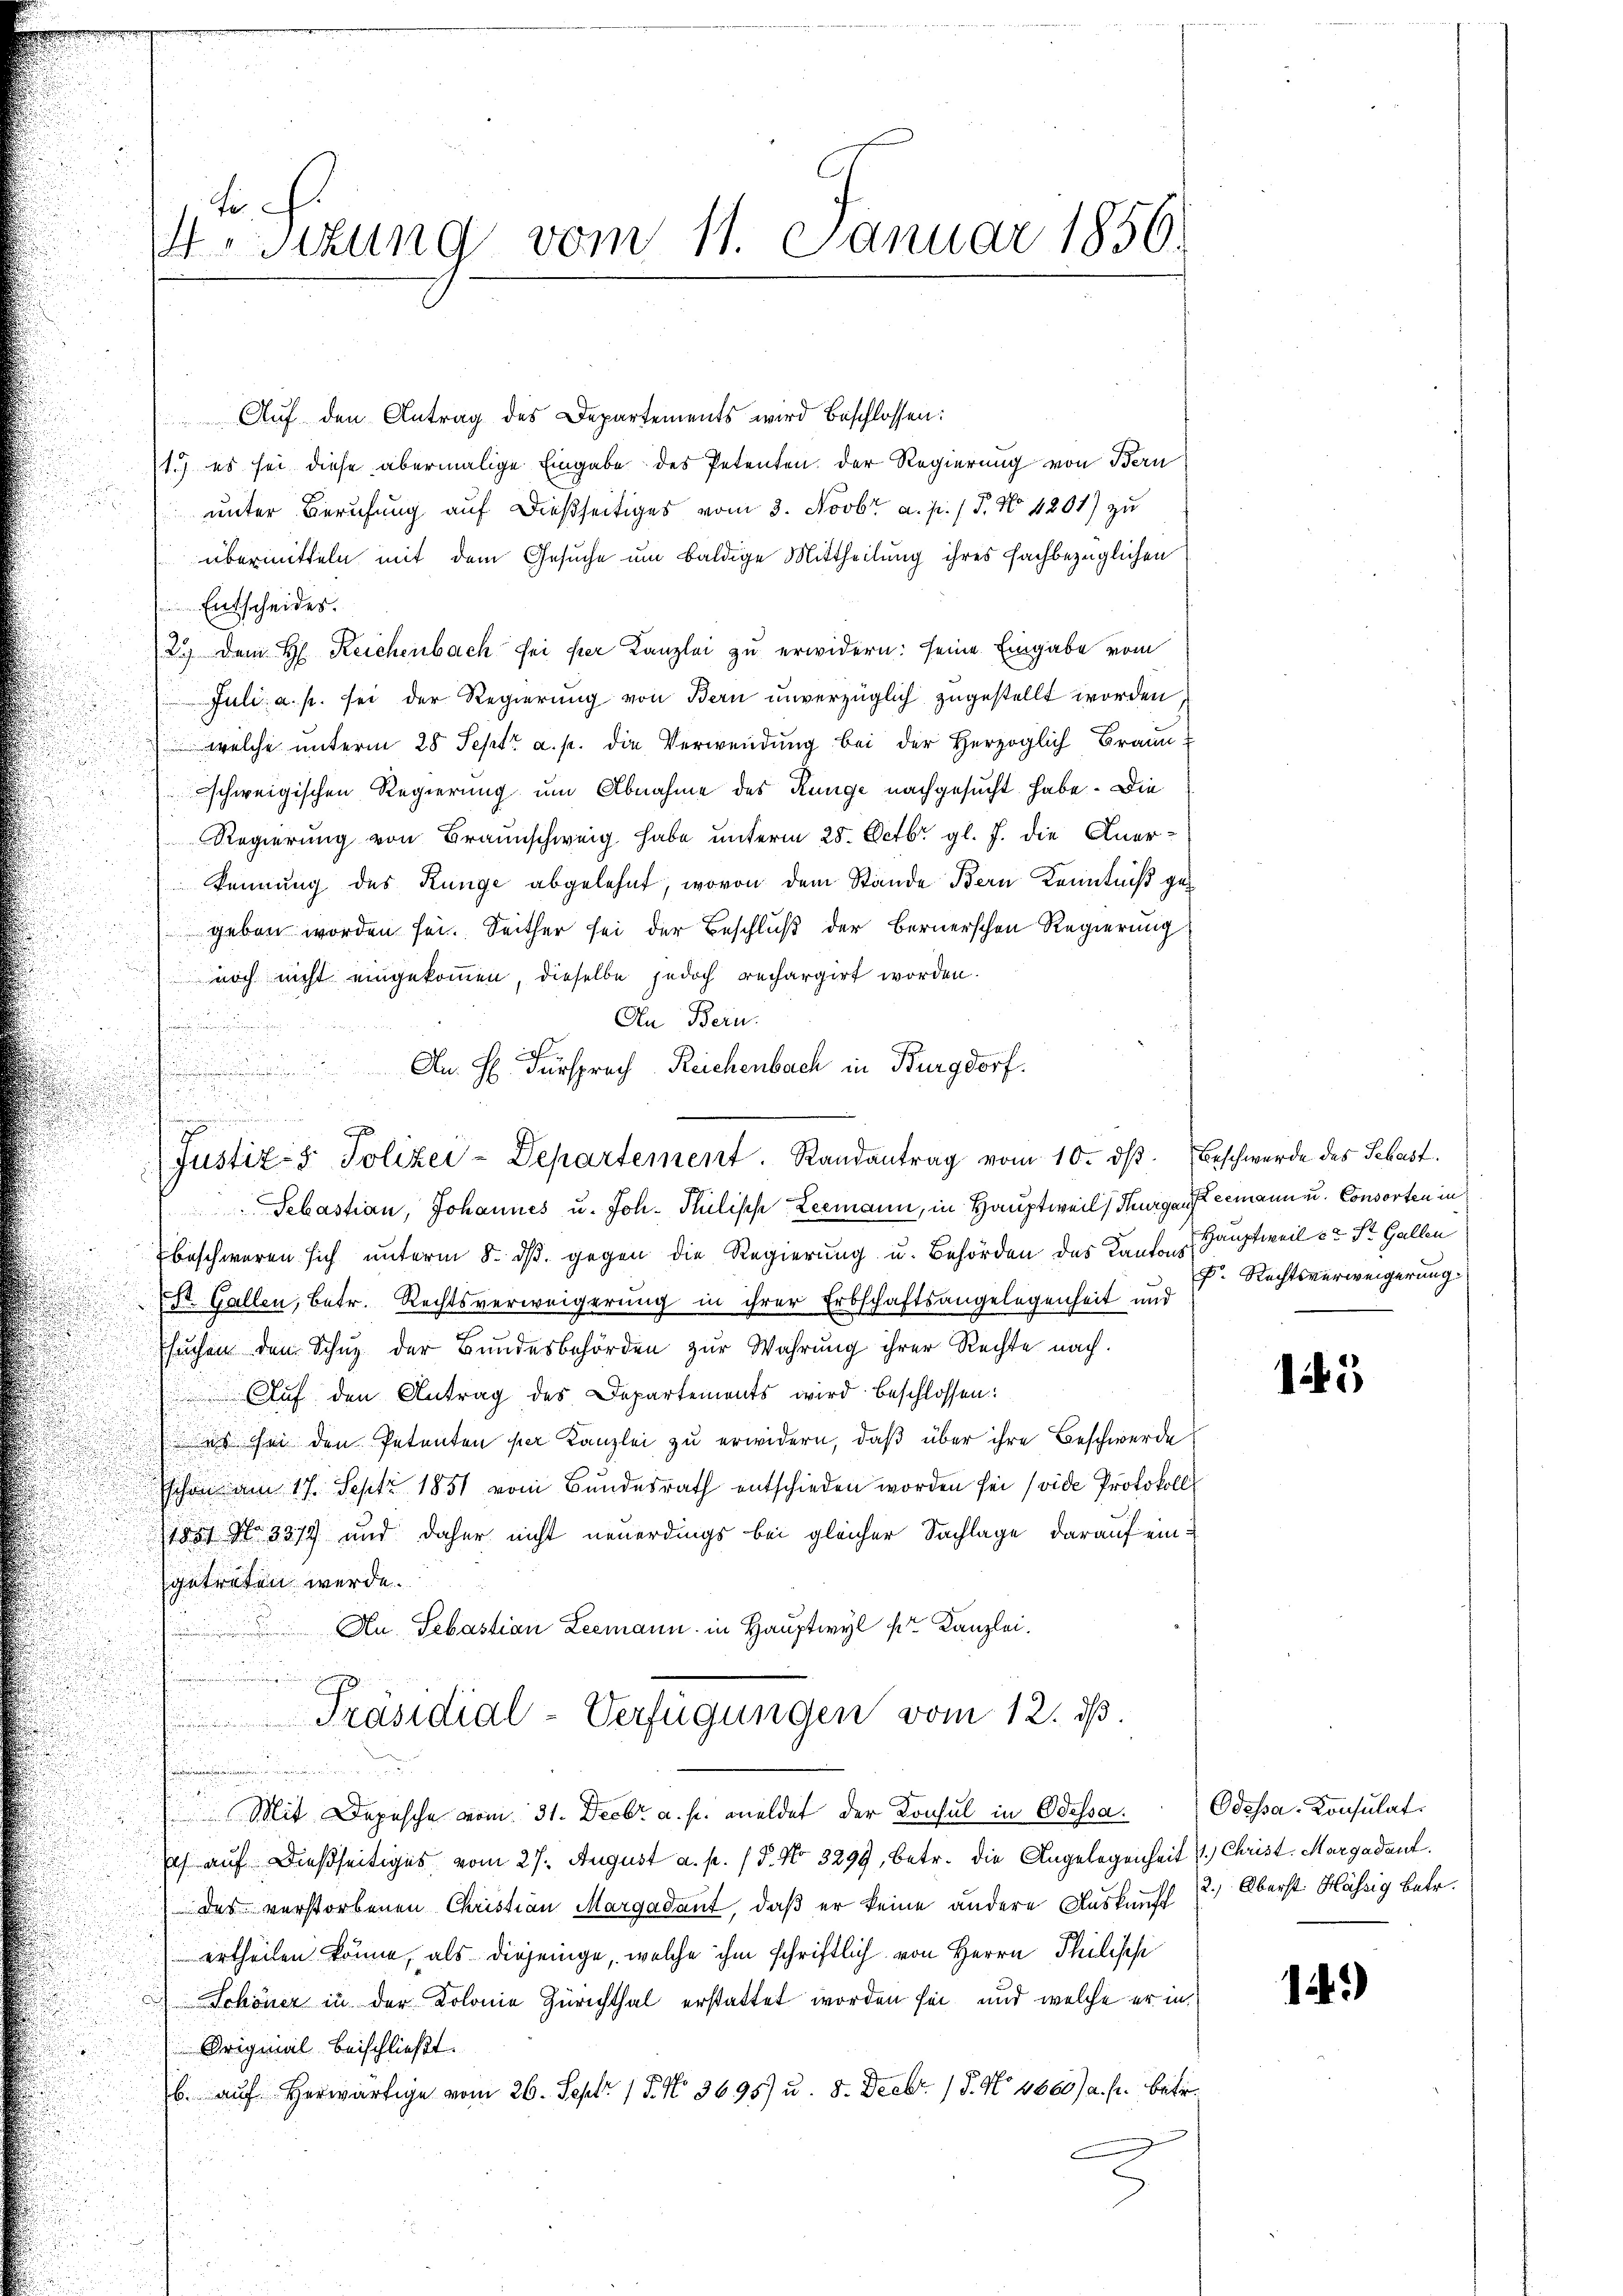
Fe
sizung vom 11. Januar 1850.

Auf den Antrag des Departements wird beschlossen:
1.) es sei diese abermalige Eingabe des Petenten der Regierung von Bern
unter Berufung auf dießseitiges vom 3. Novbr a. p. / 5. No 4201) zu
übermitteln mit dem Gesuche um baldige Mittheilung ihres fachbezüglichen
 Entscheides.
2.) Dem H. Reichenbach sei per Kanzlei zu erwidern: seine Eingabe vom
Juli a. p. sei der Regierung von Bern unverzüglich zugestellt worden
welche unterm 28 Sept. a. p. die Verwendung bei der Herzoglich Braun-
schweigischen Regierung um Abnahme des Range nachgesucht habe. Die
Regierung von Braunschweig habe unterm 28. Octbr. gl. J. die Anerkennung des Range abgelehnt, wovon dem Stände Bern Kenntniß gegeben worden sei. Seither sei der Beschluß der Bernerschen Regierung
 noch nicht eingekommen, dieselbe jedoch rechargirt worden.
In Bern.
.
Sebastian, Johannes u. Joh. Sulisch Leemann, in Hauptweil, Thurgau termann u. Consorten in
beschweren sich unterm 8. ds. gegen die Regierung u. Behörden des Kanton Hauptweil et St. Gallen
ESt. Gallen, betr. Rechtsverweigerung in ihrer Erbschaftsangelegenheit und
Esuchen dem Schuz der Bundesbehörden zur Wahrung ihrer Rechte nach
Auf den Antrag des Departements wird beschlossen:
 es sei den Petenten per Kanzlei zu erwidern, daß über ihre Beschwerde
schon am 17. Sept 1851 vom Bundesrath entschieden worden sei (vide Protokolls
15 No 3379 und daher nicht neuerdings bei gleicher Sachlage darauf eingetreten werde.
An Sebastian Leemann in Hauptwyl pr Kanzlei.
Präsidial-Verfügungen vom 12. ds.
hin
e
Mit Depesche vom 31. Decbr a. p. meldet der Konsul in Odessa.
ich auf dießseitiges vom 27. August a. p. / 5. No 3299, betr. die Angelegenheit 1.) Christ. Margadant.
des verstorbenen Christian Margadant, daß er keine andere Auskunft 2. Oberst Hässig betr.
ertheilen könne, als diejenige, welche ihm schriftlich von Herrn Philisch
 Schöner in der Kolonie Zürichthal erstattet worden sei, und welche er in
Original beischließt.
b. aŭf herwärtige vom 26. Sept. 15. No 36957 u. 8. Decbr. 15. No 4660/a. fr. betr.

An H. Fürsprech Reichenbach in Burgdorf.
e
u
s
d
Justiz- & Polizei-Departement. Randantrag vom 10. dβ. Beschwerde des Sebast.

F. Rechtsverweigerung.

15

Odessa-Konsulat

14.)